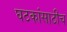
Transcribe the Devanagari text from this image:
घटकांसाठीच